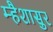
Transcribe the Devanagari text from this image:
म्हैशासुर